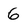
Character: 6